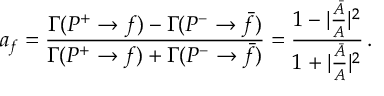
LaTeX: a _ { f } = \frac { \Gamma ( P ^ { + } \rightarrow f ) - \Gamma ( P ^ { - } \rightarrow \bar { f } ) } { \Gamma ( P ^ { + } \rightarrow f ) + \Gamma ( P ^ { - } \rightarrow \bar { f } ) } = \frac { 1 - | \frac { \bar { A } } { A } | ^ { 2 } } { 1 + | \frac { \bar { A } } { A } | ^ { 2 } } \, .